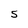
Character: 5